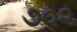
૭૦૨